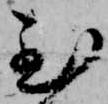
至